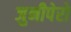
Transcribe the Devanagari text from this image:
जुनीपेरो